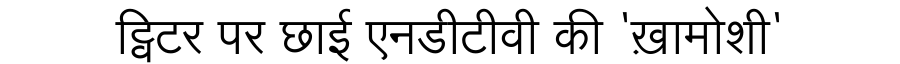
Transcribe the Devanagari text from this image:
ट्विटर पर छाई एनडीटीवी की 'ख़ामोशी'